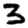
Digit: 3